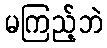
မကြည့်ဘဲ